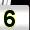
Digit: 5